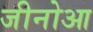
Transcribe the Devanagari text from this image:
जीनोआ